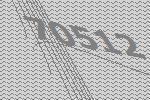
70512